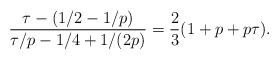
LaTeX: \begin{align*} { {\tau-(1/2-1/p)} \over{\tau/p-1/4+1/(2p)}} = {2\over3}(1+p + p\tau).\end{align*}